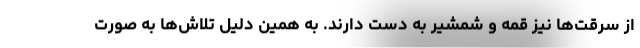
از سرقت‌ها نیز قمه و شمشیر به دست دارند. به همین دلیل تلاش‌ها به صورت